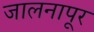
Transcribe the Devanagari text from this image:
जालनापूर